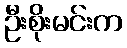
ဦးစိုးမင်းက